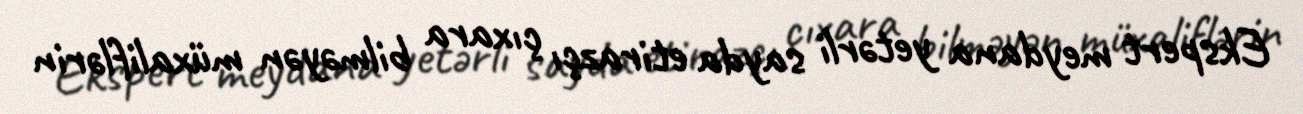
Ekspert meydana yetərli sayda etirazçı çıxara bilməyən müxaliflərin